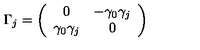
\Gamma _ { j } = \left( \begin{array} { c c } { 0 } & { - \gamma _ { 0 } \gamma _ { j } } \\ { \gamma _ { 0 } \gamma _ { j } } & { 0 } \\ \end{array} \right)